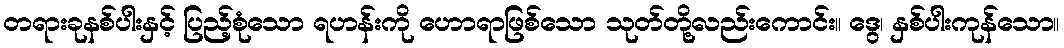
တရားခုနစ်ပါးနှင့် ပြည့်စုံသော ရဟန်းကို ဟောရာဖြစ်သော သုတ်တို့လည်းကောင်း။ ဒွေ၊ နှစ်ပါးကုန်သော။